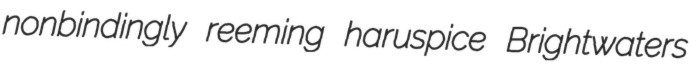
nonbindingly reeming haruspice Brightwaters